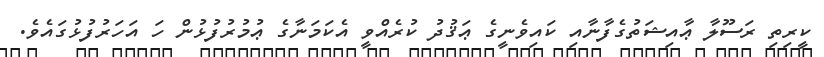
ކީރިތި ރަސޫލާ ޢާއިޝަތުގެފާނާއި ކައިވެނީގެ ޢަޤުދު ކުރެއްވީ އެކަމަނާގެ ޢުމުރުފުޅުން ހަ އަހަރުފުޅުގައެވެ.